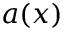
a ( x )